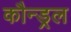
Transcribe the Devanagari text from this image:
कौन्ड्रल